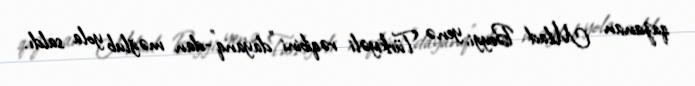
qazanan Milad Beygi, yenə Türkiyəli rəqibini "dayanq"-dan məğlub yola saldı.